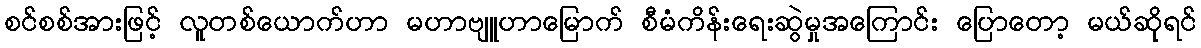
စင်စစ်အားဖြင့် လူတစ်ယောက်ဟာ မဟာဗျူဟာမြောက် စီမံကိန်းရေးဆွဲမှုအကြောင်း ပြောတော့ မယ်ဆိုရင်